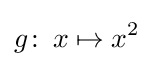
g\colon \,x\mapsto x^{2}